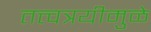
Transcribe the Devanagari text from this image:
तत्त्वत्रयीमुळे